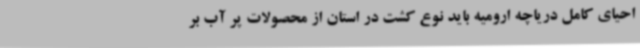
احیای کامل دریاچه ارومیه باید نوع کشت در استان از محصولات پر آب بر